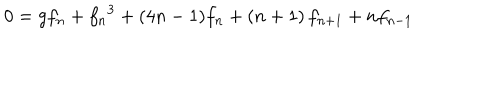
0 = g f _ { n } + { f _ { n } } ^ { 3 } + ( 4 n - 1 ) f _ { n } + \left( n + 1 \right) f _ { n + 1 } + n f _ { n - 1 }